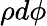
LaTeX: \rho d\phi